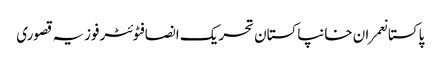
پاکستانعمران خانپاکستان تحریک انصافٹوئٹرفوزیہ قصوری